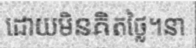
ដោយមិនគិតថ្លៃ។នា